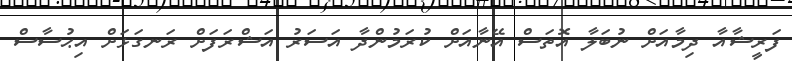
ފަރީޝާއާ ދިމާއަށް ނުބަލާ އޮތަސް އޭނާއަށް ކުރަމުންދާ އަސަރު އަޝްރަފަށް ރަނގަޅަށް އިޙުސާސް